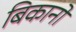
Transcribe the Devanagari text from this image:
बिकानों